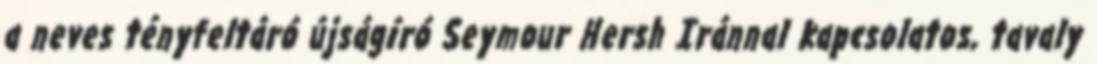
a neves tényfeltáró újságíró Seymour Hersh Iránnal kapcsolatos, tavaly